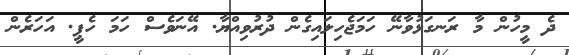
ދެ މީހުން މާ ރަނގަޅުވާނޭ ހަމަޖެހިލައިގެން ދުރުވިއްޔާ. އޭނަވެސް ހަމަ ހެޕީ. އަހަރެން